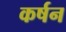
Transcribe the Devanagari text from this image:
कर्षन